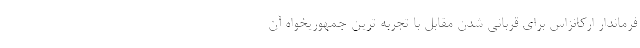
فرماندار ارکانزاس برای قربانی شدن مقابل با تجربه ترین جمهوریخواه آن